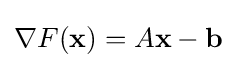
\nabla F(\mathbf {x} )=A\mathbf {x} -\mathbf {b}